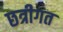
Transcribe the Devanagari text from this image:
छत्रीगत